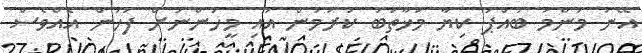
އޭނަ މަންމަ ބައްޕަ ކިޔާ މުޚާތަބު ކުރަމުން އައި މީހުންނަށް ފަހުން އެއްވެސް